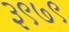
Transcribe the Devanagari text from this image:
३९७९